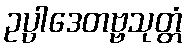
ဥပ္ပါဒေတဗ္ဗသုတ္တံ